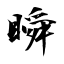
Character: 瞬